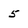
Character: 5